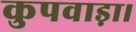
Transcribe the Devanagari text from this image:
कुपवाड़ा।